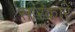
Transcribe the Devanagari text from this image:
सारकारें